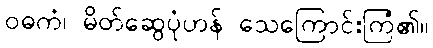
ဝဓကံ၊ မိတ်ဆွေပုံဟန် သေကြောင်းကြံ၏။